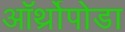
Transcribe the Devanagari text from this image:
ऑर्थ्रोपोडा